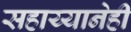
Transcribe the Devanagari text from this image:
सहाय्यानेही